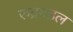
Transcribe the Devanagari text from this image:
रुद्रमहल